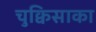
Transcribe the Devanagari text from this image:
चुक्विसाका